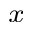
_ x